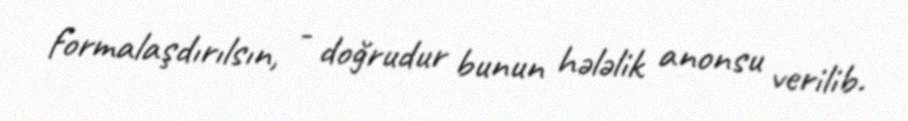
formalaşdırılsın, - doğrudur bunun hələlik anonsu verilib.